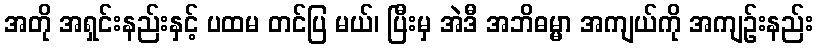
အတို အရှင်းနည်းနှင့် ပထမ တင်ပြ မယ်၊ ပြီးမှ အဲဒီ အဘိဓမ္မာ အကျယ်ကို အကျဉ်းနည်း